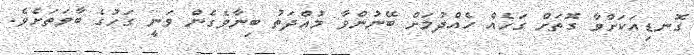
ގޮނޑިއަކަށްވާ ގޮތަށް ގަހެއް ހެއްދުމަށް ބޭނުންވާ މުއްދަތު ބިނާވެގެން ވަނީ ގަހުގެ ބާވަތަށެވެ.